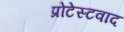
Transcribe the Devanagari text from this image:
प्रोटेस्टवाद